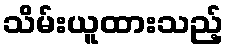
သိမ်းယူထားသည့်